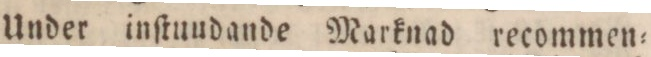
Under inſtundande Marknad recommen=